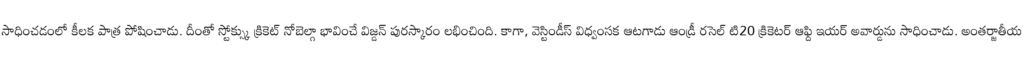
సాధించడంలో కీలక పాత్ర పోషించాడు. దీంతో స్టోక్స్కు క్రికెట్ నోబెల్గా భావించే విజ్డన్ పురస్కారం లభించింది. కాగా, వెస్టిండీస్ విధ్వంసక ఆటగాడు ఆండ్రీ రసెల్ టి20 క్రికెటర్ ఆఫ్ది ఇయర్ అవార్డును సాధించాడు. అంతర్జాతీయ